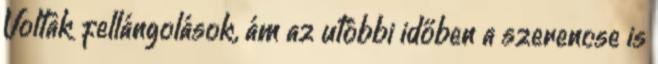
Voltak fellángolások, ám az utóbbi időben a szerencse is